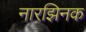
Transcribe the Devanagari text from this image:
नारझिनक